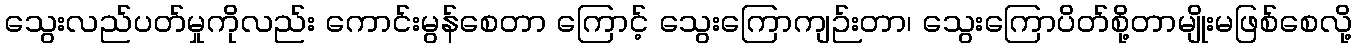
သွေးလည်ပတ်မှုကိုလည်း ကောင်းမွန်စေတာ ကြောင့် သွေးကြောကျဉ်းတာ၊ သွေးကြောပိတ်စို့တာမျိုးမဖြစ်စေလို့